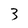
Character: 3